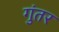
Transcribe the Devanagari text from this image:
गुंतर